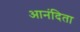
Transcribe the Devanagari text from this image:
आनंदिता